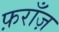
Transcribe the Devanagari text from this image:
फ़राँज़